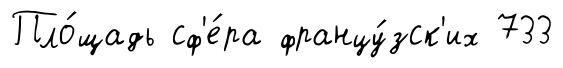
Пло́щадь сф'е́ра францу́зск'их 733